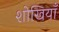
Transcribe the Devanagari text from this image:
शोखियाँ